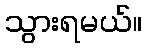
သွားရမယ်။